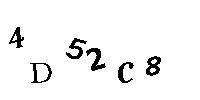
4D52C8